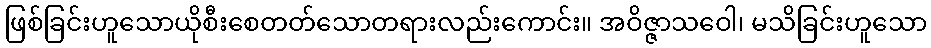
ဖြစ်ခြင်းဟူသောယိုစီးစေတတ်သောတရားလည်းကောင်း။ အဝိဇ္ဇာသဝေါ၊ မသိခြင်းဟူသော